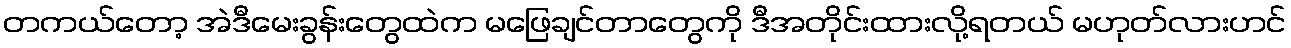
တကယ်တော့ အဲဒီမေးခွန်းတွေထဲက မဖြေချင်တာတွေကို ဒီအတိုင်းထားလို့ရတယ် မဟုတ်လားဟင်